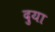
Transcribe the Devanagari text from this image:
दुया